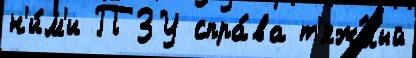
н'и́м'и ПЗУ спра́ва т'яж́лый